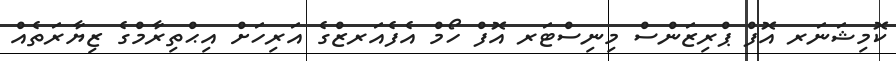
ކޮމިޝަނަރ އޮފް ޕްރިޒަންސް މިނިސްޓަރ އޮފް ހޯމް އެފެއަރޒްގެ އަރިހަށް އިޙްތިރާމްގެ ޒިޔާރަތެއް